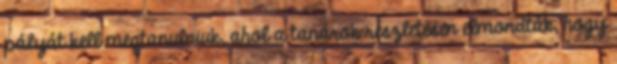
pályát kell megtanulniuk, ahol a tanárok részletesen elmondták, hogy